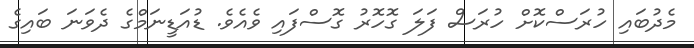
މެދުބައި ހުރަސްކޮށް ހުރަސް ފަލަ ގޮހޮރު ގޮސްފައި ވެއެވެ. ޑުއަޑީނަމްގެ ދެވަނަ ބައިގެ